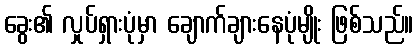
ခွေး၏ လှုပ်ရှားပုံမှာ ချောက်ချားနေပုံမျိုး ဖြစ်သည်။